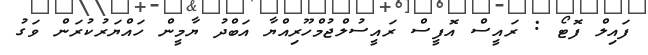
ފައިލް ފޮޓޯ : ރައީސް އޮފީސް ރައީސުލްޖުމްހޫރިއްޔާ އަބްދު ޔާމީން ހައްޔަރުކުރަން ވަގު